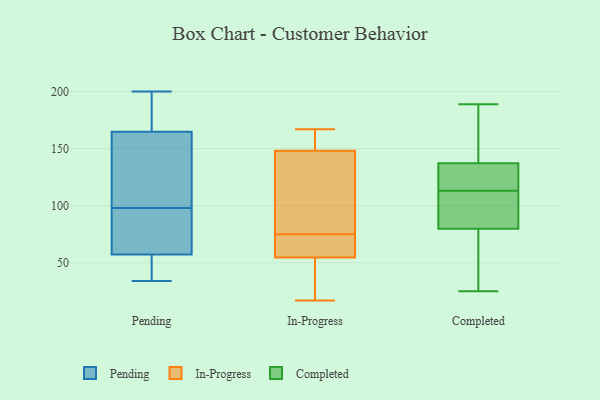
{"axis": {"x": "Website Visitors", "y": "Value"}, "legend": ["Completed", "In-Progress", "Pending"], "data": [{"x": "", "y": 200, "type": "Pending"}, {"x": "", "y": 75, "type": "Pending"}, {"x": "", "y": 196, "type": "Pending"}, {"x": "", "y": 34, "type": "Pending"}, {"x": "", "y": 35, "type": "Pending"}, {"x": "", "y": 55, "type": "Pending"}, {"x": "", "y": 179, "type": "Pending"}, {"x": "", "y": 61, "type": "Pending"}, {"x": "", "y": 160, "type": "Pending"}, {"x": "", "y": 58, "type": "Pending"}, {"x": "", "y": 131, "type": "Pending"}, {"x": "", "y": 74, "type": "Pending"}, {"x": "", "y": 135, "type": "Pending"}, {"x": "", "y": 186, "type": "Pending"}, {"x": "", "y": 98, "type": "Pending"}, {"x": "", "y": 35, "type": "Pending"}, {"x": "", "y": 124, "type": "Pending"}, {"x": "", "y": 59, "type": "In-Progress"}, {"x": "", "y": 131, "type": "In-Progress"}, {"x": "", "y": 53, "type": "In-Progress"}, {"x": "", "y": 149, "type": "In-Progress"}, {"x": "", "y": 153, "type": "In-Progress"}, {"x": "", "y": 85, "type": "In-Progress"}, {"x": "", "y": 146, "type": "In-Progress"}, {"x": "", "y": 27, "type": "In-Progress"}, {"x": "", "y": 67, "type": "In-Progress"}, {"x": "", "y": 46, "type": "In-Progress"}, {"x": "", "y": 75, "type": "In-Progress"}, {"x": "", "y": 155, "type": "In-Progress"}, {"x": "", "y": 17, "type": "In-Progress"}, {"x": "", "y": 64, "type": "In-Progress"}, {"x": "", "y": 167, "type": "In-Progress"}, {"x": "", "y": 99, "type": "Completed"}, {"x": "", "y": 25, "type": "Completed"}, {"x": "", "y": 34, "type": "Completed"}, {"x": "", "y": 165, "type": "Completed"}, {"x": "", "y": 95, "type": "Completed"}, {"x": "", "y": 127, "type": "Completed"}, {"x": "", "y": 102, "type": "Completed"}, {"x": "", "y": 119, "type": "Completed"}, {"x": "", "y": 130, "type": "Completed"}, {"x": "", "y": 28, "type": "Completed"}, {"x": "", "y": 156, "type": "Completed"}, {"x": "", "y": 175, "type": "Completed"}, {"x": "", "y": 113, "type": "Completed"}, {"x": "", "y": 131, "type": "Completed"}, {"x": "", "y": 96, "type": "Completed"}, {"x": "", "y": 189, "type": "Completed"}, {"x": "", "y": 28, "type": "Completed"}]}